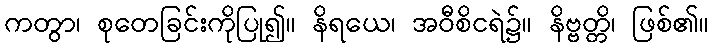
ကတွာ၊ စုတေခြင်းကိုပြု၍။ နိရယေ၊ အဝီစိငရဲ၌။ နိဗ္ဗတ္တိ၊ ဖြစ်၏။